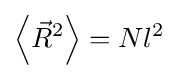
\left\langle {\vec {R}}^{2}\right\rangle =Nl^{2}